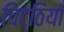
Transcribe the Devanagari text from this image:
चिट्‌ठियाँ